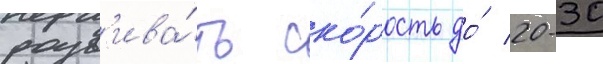
разв'ива́ть ско́рость до́ 20-30